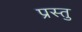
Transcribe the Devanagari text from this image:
प्रस्तु